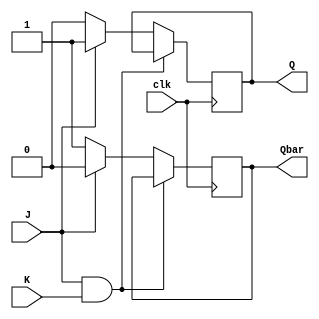
module jk_flipflop (
    input J, // Input J
    input K, // Input K
    input clk, // Clock signal
    output reg Q, // Output Q
    output reg Qbar // Output Q'
);

always @(posedge clk) begin
    if (J && K) begin
        Q <= Q;
        Qbar <= Qbar;
    end else if (J) begin 
        Q <= 1;
        Qbar <= 0;
    end else begin
        Q <= 0;
        Qbar <= 1;
    end
end

endmodule